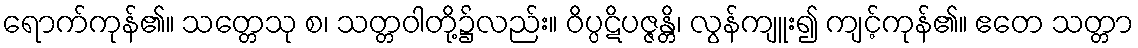
ရောက်ကုန်၏။ သတ္တေသု စ၊ သတ္တဝါတို့၌လည်း။ ဝိပ္ပဋိပဇ္ဇန္တိ၊ လွန်ကျူး၍ ကျင့်ကုန်၏။ ဧတေ သတ္တာ